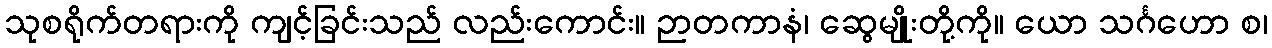
သုစရိုက်တရားကို ကျင့်ခြင်းသည် လည်းကောင်း။ ဉာတကာနံ၊ ဆွေမျိုးတို့ကို။ ယော သင်္ဂဟော စ၊